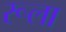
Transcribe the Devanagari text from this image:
रूला